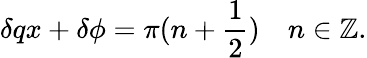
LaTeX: \delta qx+\delta\phi=\pi(n+\frac{1}{2})\quad n\in\mathbb{Z}.